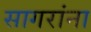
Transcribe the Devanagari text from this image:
सागरांना